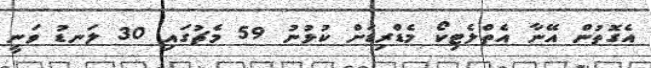
އެގޮތުން އޭނާ އެތްލެޓިކޯ މެޑްރިޑަށް ކުޅުނު 59 މެޗުގައި 30 ލަނޑު ވަނީ